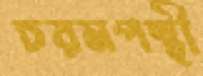
চরমপন্থী